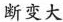
断变大